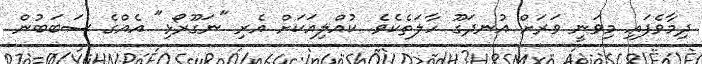
ދިމާވެފައި މިވަނީ ވަރަށް އުނދަގޫ ހާލަތެކެވެ. ކުއްލިއަކަށް އެރި "ނަގޫރޯޅި" އެއްގެ ސަބަބުން